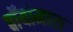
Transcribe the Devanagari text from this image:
बॉयोमास